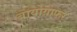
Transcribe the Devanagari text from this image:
बायोग्राफर